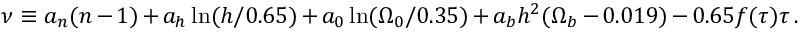
\nu \equiv a _ { n } ( n - 1 ) + a _ { h } \ln ( h / 0 . 6 5 ) + a _ { 0 } \ln ( \Omega _ { 0 } / 0 . 3 5 ) + a _ { b } h ^ { 2 } ( \Omega _ { b } - 0 . 0 1 9 ) - 0 . 6 5 f ( \tau ) \tau \, .